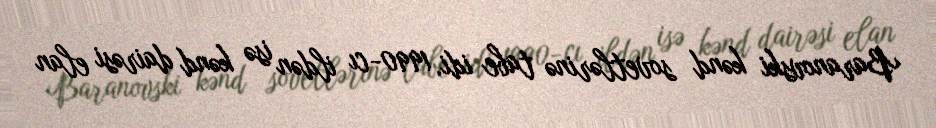
Baranovski kənd sovetlərinə tabe idi. 1990-cı ildən isə kənd dairəsi elan